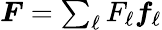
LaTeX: \begin{array}{r}{\boldsymbol{F}=\sum_{\ell}F_{\ell}\boldsymbol{f}_{\ell}}\end{array}